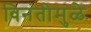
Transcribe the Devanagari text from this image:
विनंतीमुळे